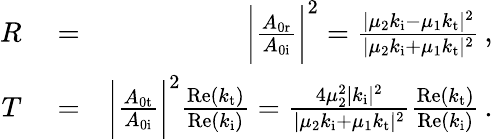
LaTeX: \begin{array}{rlr}{R}&{{}=}&{\bigg|\frac{A_{\mathrm{0r}}}{A_{\mathrm{0i}}}\bigg|^{2}=\frac{|\mu_{2}k_{\mathrm{i}}-\mu_{1}k_{\mathrm{t}}|^{2}}{|\mu_{2}k_{\mathrm{i}}+\mu_{1}k_{\mathrm{t}}|^{2}}\, ,}\\ {T}&{{}=}&{\bigg|\frac{A_{\mathrm{0t}}}{A_{\mathrm{0i}}}\bigg|^{2}\frac{\mathrm{Re}(k_{\mathrm{t}})}{\mathrm{Re}(k_{\mathrm{i}})}=\frac{4\mu_{2}^{2}|k_{\mathrm{i}}|^{2}}{|\mu_{2}k_{\mathrm{i}}+\mu_{1}k_{\mathrm{t}}|^{2}}\frac{\mathrm{Re}(k_{\mathrm{t}})}{\mathrm{Re}(k_{\mathrm{i}})}\, .}\end{array}